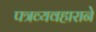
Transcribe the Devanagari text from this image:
पत्रव्यवहाराने